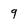
Character: q